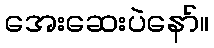
အေးဆေးပဲနော်။